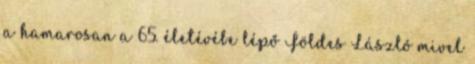
a hamarosan a 65. életévébe lépő Földes László mivel